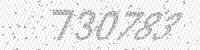
Solution: 730783